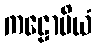
ကဠောပိယံ